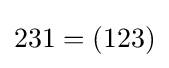
231=(123)